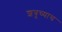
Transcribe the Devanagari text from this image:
शत्रूच्याच